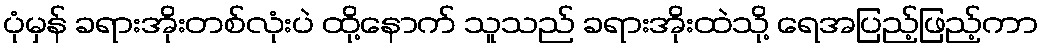
ပုံမှန် ခရားအိုးတစ်လုံးပဲ ထို့နောက် သူသည် ခရားအိုးထဲသို့ ရေအပြည့်ဖြည့်ကာ